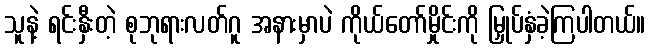
သူနဲ့ ရင်းနှီးတဲ့ စုဘုရားလတ်ဂူ အနားမှာပဲ ကိုယ်တော်မှိုင်းကို မြှုပ်နှံခဲ့ကြပါတယ်။